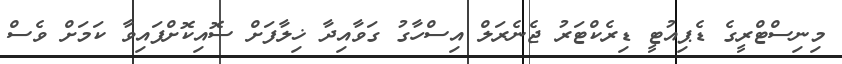
މިނިސްޓްރީގެ ޑެޕިއުޓީ ޑިރެކްޓަރު ޖެނެރަލް އިސްހާގު ގަވާއިދާ ޚިލާފަށް ސޮއިކޮށްފައިވާ ކަމަށް ވެސް